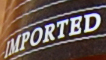
IMPORTED